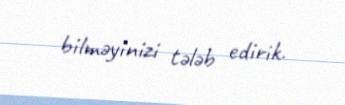
bilməyinizi tələb edirik.